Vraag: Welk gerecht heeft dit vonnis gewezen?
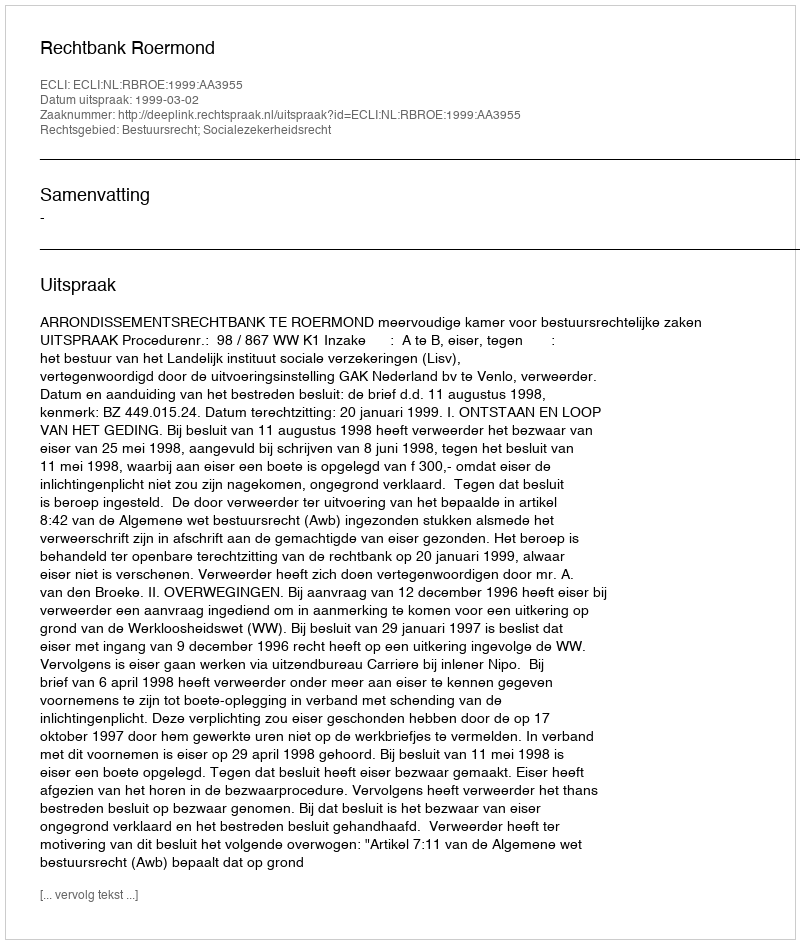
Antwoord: Rechtbank Roermond